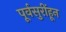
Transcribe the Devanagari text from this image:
पूर्वसुरींहून